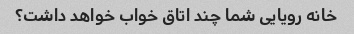
خانه رویایی شما چند اتاق خواب خواهد داشت؟